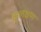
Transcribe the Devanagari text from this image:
कुलक्षण